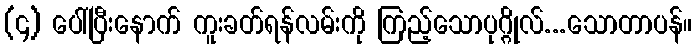
(၄) ပေါ်ပြီးနောက် ကူးခတ်ရန်လမ်းကို ကြည့်သောပုဂ္ဂိုလ်...သောတာပန်။